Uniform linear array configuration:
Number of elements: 48
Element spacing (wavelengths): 1
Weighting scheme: binomial
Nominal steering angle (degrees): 30
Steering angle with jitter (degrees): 31.621
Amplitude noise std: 0.05
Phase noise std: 0.05

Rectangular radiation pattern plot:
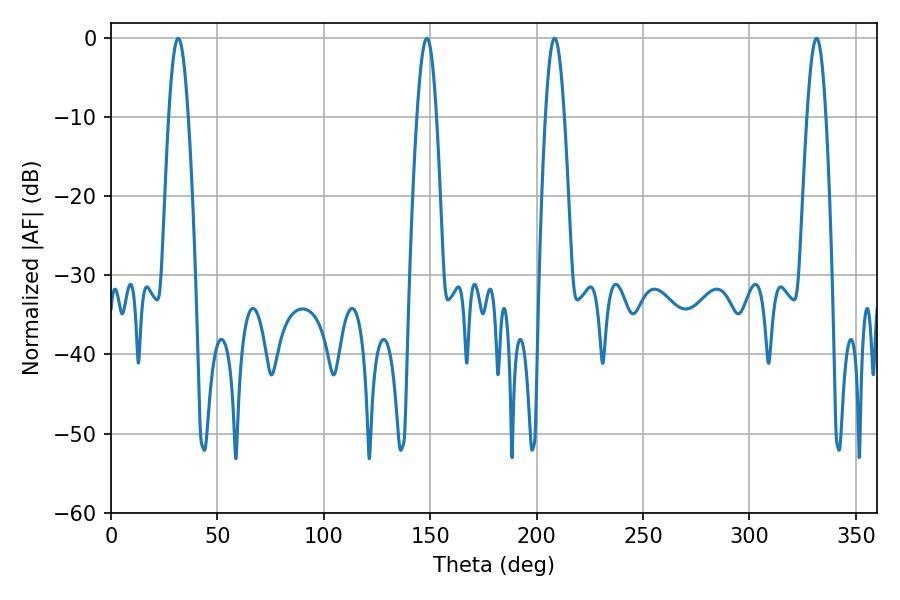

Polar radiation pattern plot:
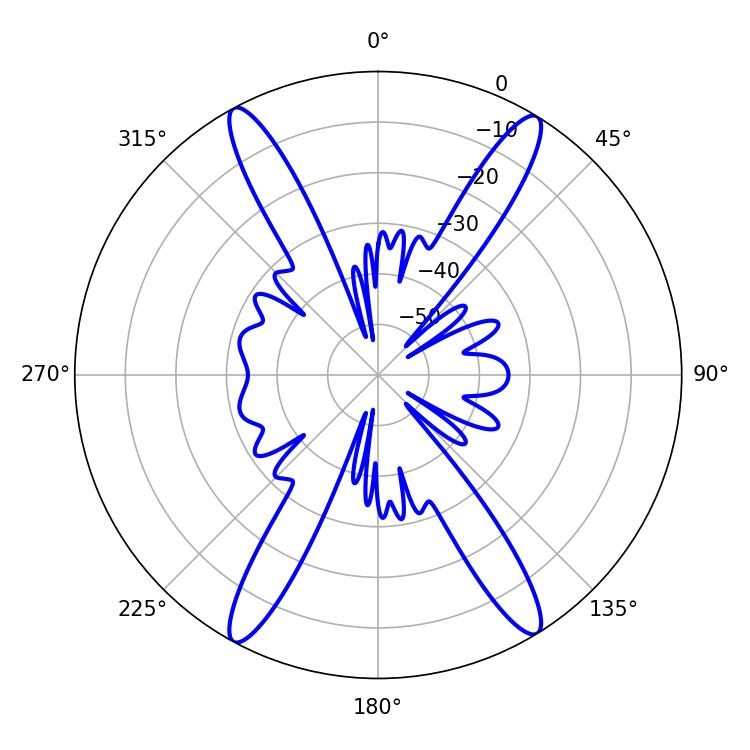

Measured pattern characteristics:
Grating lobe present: TRUE
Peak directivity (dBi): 22.497
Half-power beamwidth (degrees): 4.68
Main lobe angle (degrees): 208.44